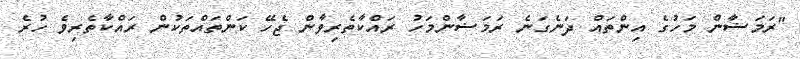
"ރަމަޟާން މަހުގެ އިންތައް ދަނެގަނެ ރަމަޟާންމަހު ރައްކާތެރިވާން ޖެހޭ ކަންތައްތަކުން ރައްކާތެރިވެ ހުރެ